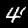
Digit: 4